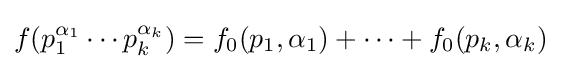
f(p_{1}^{\alpha _{1}}\cdots p_{k}^{\alpha _{k}})=f_{0}(p_{1},\alpha _{1})+\cdots +f_{0}(p_{k},\alpha _{k})